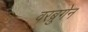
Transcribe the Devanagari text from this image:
वरब्रुगेन